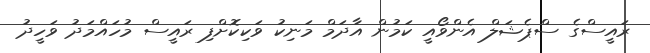
ރައީސްގެ ސްޕެޝަލް އެންވޯއީ ކަމުން އާދަމް މަނިކު ވަކިކޮށްފި ރައީސް މުހައްމަދު ވަހީދު